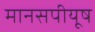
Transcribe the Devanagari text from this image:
मानसपीयूष